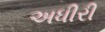
અધીરી